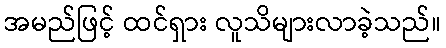
အမည်ဖြင့် ထင်ရှား လူသိများလာခဲ့သည်။